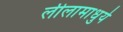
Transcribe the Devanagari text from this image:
लीलामाधुर्य